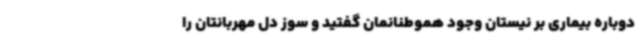
دوباره بیماری بر نیستان وجود هموطنانمان گفتید و سوز دل مهربانتان را